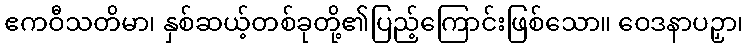
ဧကဝီသတိမာ၊ နှစ်ဆယ့်တစ်ခုတို့၏ပြည့်ကြောင်းဖြစ်သော။ ဝေဒနာပဉှာ၊